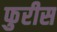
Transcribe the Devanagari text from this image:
फुरीस